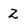
Character: 2